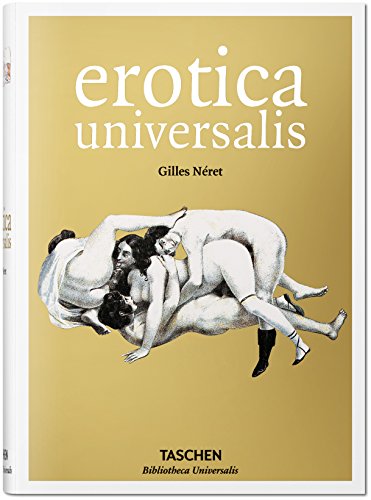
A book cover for Erotica Universalis; Gilles Neret; Arts & Photography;